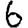
Digit: 6